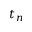
t _ { n }